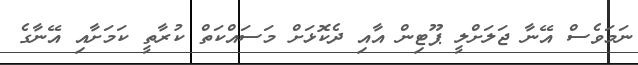
ނަމަވެސް އޭނާ ޖަލަށްލީ ޕޫޓިން އާއި ދެކޮޅަށް މަސައްކަތް ކުރާތީ ކަމަށާއި އޭނާގެ